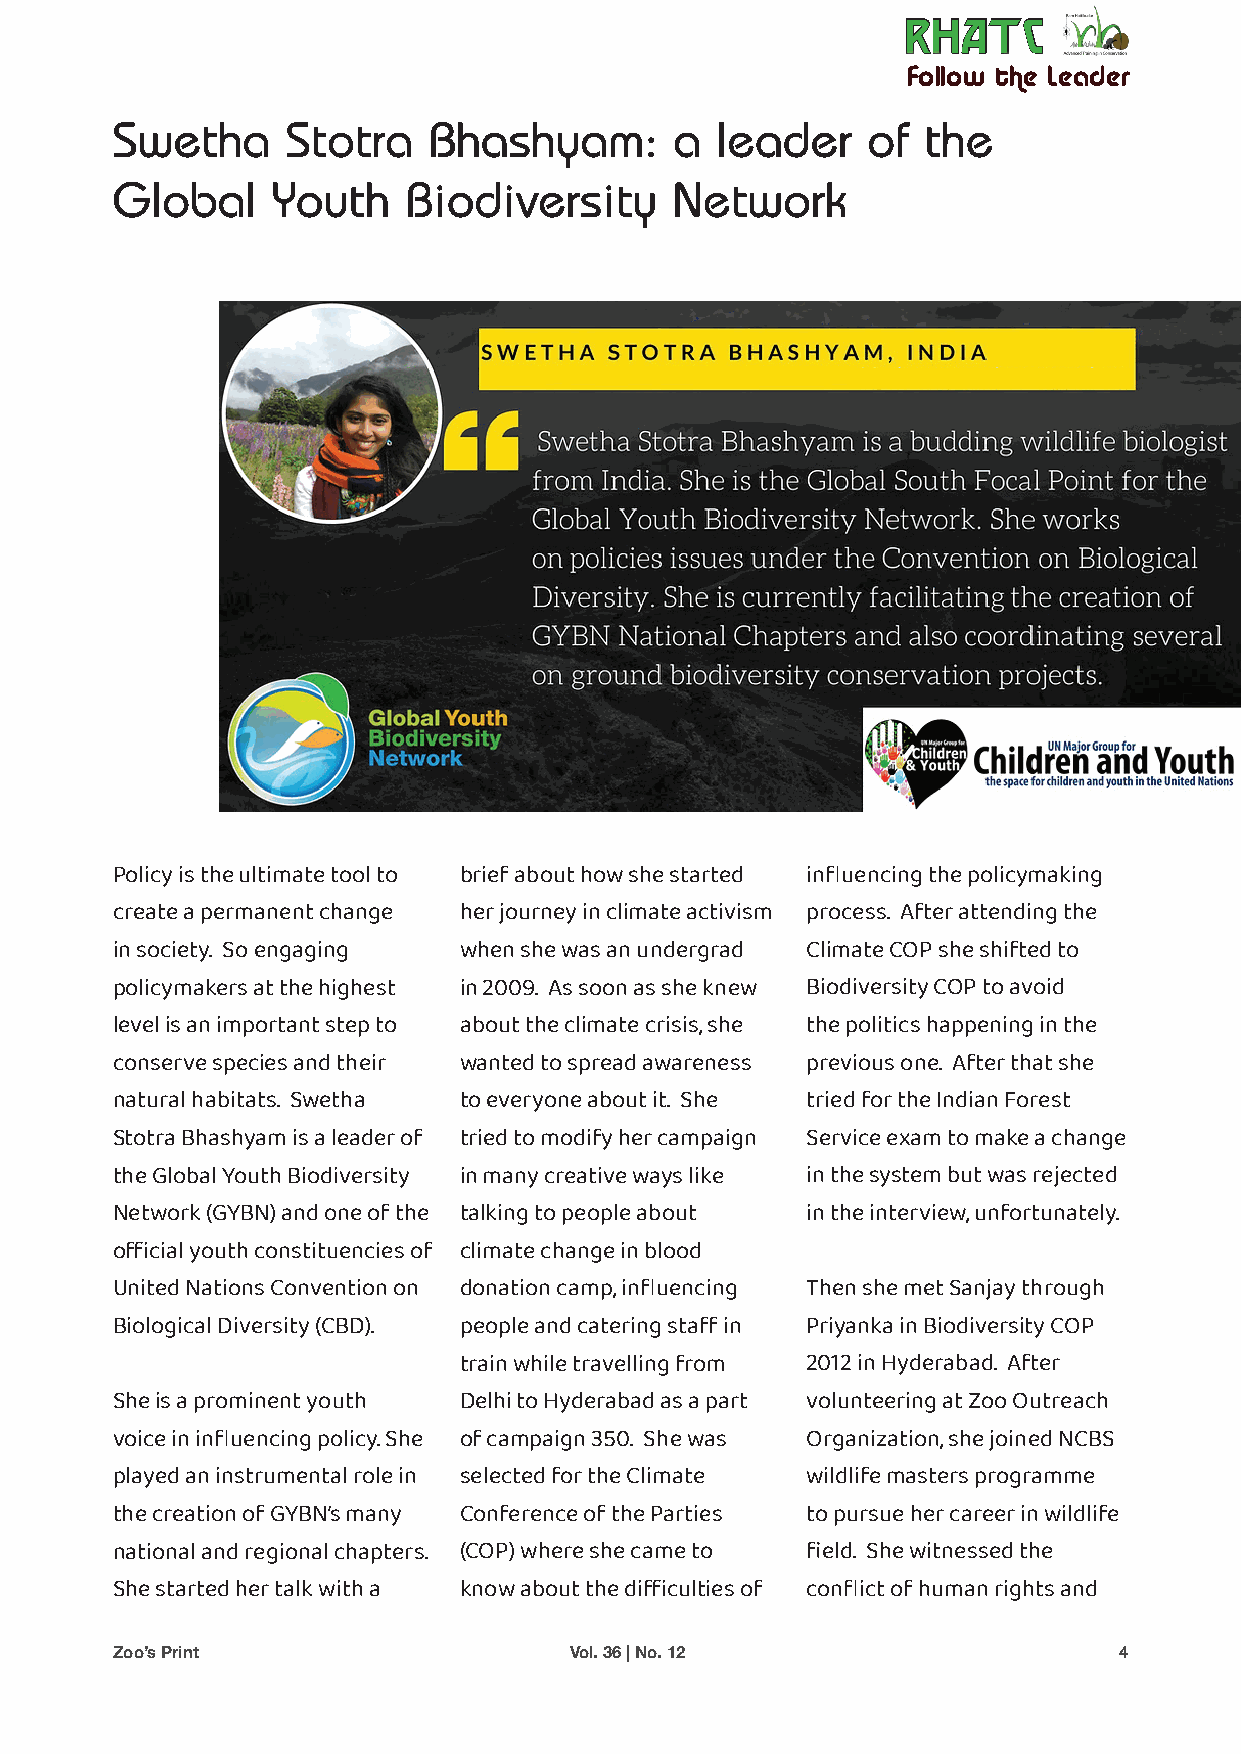
RRHHAATTCC
 Follow the Leader
 Swetha      Stotra   Bhashyam:        a leader    of  the
 Global     Youth    Biodiversity     Network
 Policy is the ultimate tool to brief about how she started influencing the policymaking
 create a permanent change her journey in climate activism process. After attending the
 in society. So engaging when she was an undergrad Climate COP she shifted to
 policymakers at the highest in 2009. As soon as she knew Biodiversity COP to avoid
 level is an important step to about the climate crisis, she the politics happening in the
 conserve species and their wanted to spread awareness previous one. After that she
 natural habitats. Swetha to everyone about it. She tried for the Indian Forest
 Stotra Bhashyam is a leader of tried to modify her campaign Service exam to make a change
 the Global Youth Biodiversity in many creative ways like in the system but was rejected
 Network (GYBN) and one of the talking to people about in the interview, unfortunately.
 official youth constituencies of climate change in blood
 United Nations Convention on donation camp, influencing Then she met Sanjay through
 Biological Diversity (CBD). people and catering staff in Priyanka in Biodiversity COP
 train while travelling from 2012 in Hyderabad. After
 She is a prominent youth Delhi to Hyderabad as a part volunteering at Zoo Outreach
 voice in influencing policy. She of campaign 350. She was Organization, she joined NCBS
 played an instrumental role in selected for the Climate wildlife masters programme
 the creation of GYBN’s many Conference of the Parties to pursue her career in wildlife
 national and regional chapters. (COP) where she came to field. She witnessed the
 She started her talk with a know about the difficulties of conflict of human rights and
 Zoo’s Print                    Vol. 36 | No. 12                    4